Calcutta medical institutions reports 1892-1900
Year: 1892
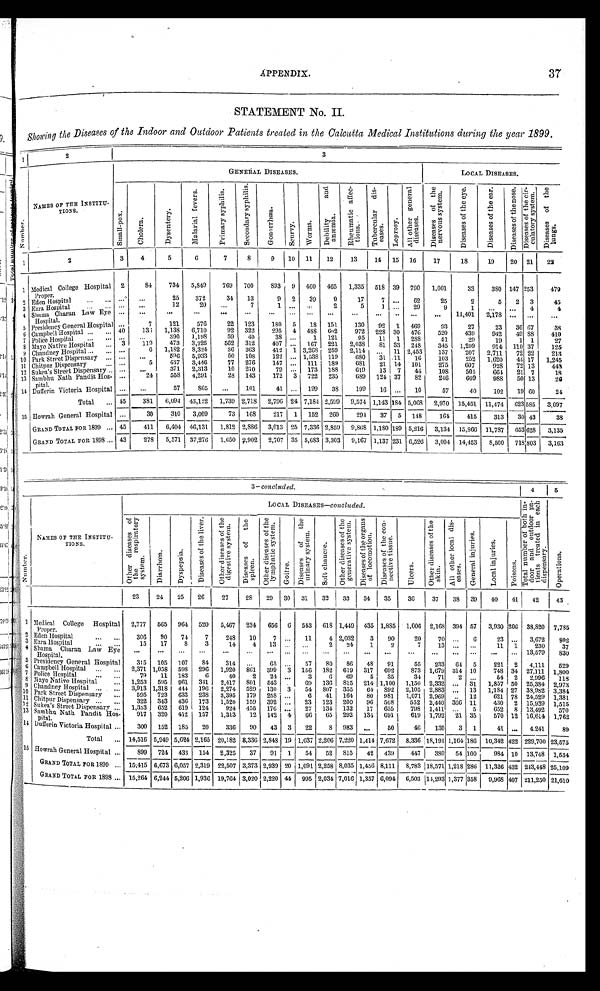
APPENDIX.37
STATEMENT No. II.
Showing the Diseases of the Indoor and Outdoor Patients treated in the Calcutta Medical Institutions during the year 1899.
1
2
3
GENERAL DISEASES.
LOCAL DISEASES.
N u m b e r .
NAMES OF THE INSTITU-TIONS.
Sma l l - pox.
C h o l e r a .
D y s e n t e r y .
M a l a r i a l f e v e r s .
P r i m a r y s y p h i l i s .
S e c o n d a r y s y p h i l i s .
G o n o r r h œ a .
S c u r v y .
W o r m s .
D e b i l i t y a n d a n æ m i a .
R h e u m a t i c a f f e c - t i o n s .
T u b e r c u l a r d i s - e a s e s .
L e p r o s y .
A l l o t h e r g e n e r a l d i s e a s e s .
D i s e a s e s o f t h e n e r v o u s s y s t e m .
D i s e a s e s o f t h e e y e .
D i s e a s e s o f t h e e a r .
D i s e a s e s o f t h e n o s e .
D i s e a s e s o f t h e c i r - c u l a t o r y s y s t e m .
D i s e a s e s o f t h e l u n g s .
3
4
5
6
7
8
9
10
11
12
13
14
1 5 16
17
18
1 9
20
21
22
2
1
1 MedicalCollege Hospital
Proper.
2
84
734
5,849
769
700
893
9
460
465
1,335
518 39
790
1,001
33
380 147 253
479
. . .
. . .
25
372
34
13
9
2
39
9
17
7
. . .
62
25
2
5
2
3
45
2 Eden Hospital . . .
. . .
. . .
12
20
. . .
7
1
. . .
. . .
2
5
1
. . .
29
9
1
. . .
. . .
4
4
Ezra Hospital . . .
3
. . .
. . .
. . .
. . .
. . .
. . .
. . .
. . .
. . .
. . .
. . .
. . .
. . .
. . .
. . .
11,401
2,178 . . .
. . .
. . .
Shama Charan Law Eye
Hospital.
4
. .
.
7
121
576
22
123
180
5
18
151
130
92
1
469
93
27
23
36 67
38
5
Presidency General Hospital
40
1 3 5
1,138
6,710
92
322
295
4
488
602
972
228 30
476
520
439
942
49 88
410
Campbell Hospital . . .
6
. . . . . .
3 9 0
1,198
5 9
4 0
38 . . .
1
121
95
11
1
288
51
29
19
1 1
27
Police Hospital . . .
7
3
1 1 9
4 7 3
3 , 2 2 5
562
312
407
. . . 167
221
2,038
8 1 33
248
345
1,299
914
110 37
125
Mayo Native Hospital . . .
8
. . .
6
1,182
8 , 3 2 4
36
363
412
1 3,268 259
2,114
. . .
11 2,453
137
207
2,711
72 22
213
9 Chandney Hospital . . .
596
. . .
. . .
5,933
50
108
122
. . . 1,538 119
680
31 11
16
103
252
1,620
44 17
1,245
10 Park Street Dispensary . . . . . .
5
437
3,446
77
276
147
. . . 111
189
681
21 14
101
275
607
928
72 13
443
Chitpur Dispensary . . .
1 1
. . .
. . .
371
2,313
10
210
79 . . .
173
188
619
13
7
44
108
505
664
21 7
18
Sukea's Street Dispensary . . .
1 2
. . .
24
558
4,291
28 143
172
3
722
235
689
124 37
82
246
609
988
50 13
2 6
Sambhu Nath Pandit Hos-pital . . .
1 3
14 Dufferin Victoria Hospital . . .
. . .
57
8 6 5
...
101
41
. . . 199
38
199
16 . . .
10
57
40
102
19 60
24
Total . . . 45
381
6,094
43,122
1,739 2,718
2,796 24 7,184 2,599
9,574 1,143 184 5,068
2,970
15,451 11,474
623 585
3,097
15 Howrah General Hospital
. . .
30
310
3,009
73
168
217
1
152
260
294
37
5
148
164
415
313
30 43
38
GRAND TOTAL FOR 1899. . . 45
411
6,404 46,131
1,812 2,886
3,013 25 7,336 2,859
9,868 1,180 189 5,216
3,134 15,866 11,787
653 628
3,135
GRAND TOTAL FOR 1898 . . . 43
278
5,571
37,276
1,650 2,902
2,707 35 5,683 3,303
9,167 1,137 231 6,526
3,004 14,453
8,500
7 1 8 803
3,163
3—concluded .
4
5
LOCAL DISEASES— concluded .
N u m b e r .
NAMES OF THE INSTITU-TIONS.
O t h e r d i s e a s e s o f t h e r e s p i r a t o r y s y s t e m .
D i a r r h œ a .
D y s p e p s i a .
D i s e a s e s o f t h e l i v e r .
O t h e r d i s e a s e s o f t h e d i g e s t i v e s y s t e m .
D i s e a s e s o f t h e s p l e e n .
O t h e r d i s e a s e s o f t h e l y m p h a t i c s y s t e m .
Goi t re.
D i s e a s e s o f t h e u r i n a r y s y s t e m .
S o f t c h a n c r e .
O t h e r d i s e a s e s o f t h e g e n e r a t i v e s y s t e m .
D i s e a s e s o f t h e o r g a n s o f l o c o m o t i o n .
D i s e a s e s o f t h e c o n - n e c t i v e t i s s u e .
U l c e r s .
O t h e r d i s e a s e s o f t h e s k i n .
A l l o t h e r l o c a l d i s - e a s e s .
G e n e r a l i n j u r i e s .
L o c a l i n j u r i e s .
P o i s o n s .
T o t a l n u m b e r o f b o t h i n - d o o r a n d o u t d o o r p a - t i e n t s t r e a t e d i n e a c h d i s p e n s a r y .
O p e r a t i o n s .
23
24
25
26
27
28
29
30
31
32
33
34
35
36
37
38
39
40
41
42
43
1 MedicalCollegeHospital
Proper.
2,777
565
964
520
5,467
234
656
6 543
618 1,449
435 1,885
1,006 2,168 394 57
3,930 206
38,820
7,785
2
306
90
74
7
248
10
7 . . .
11
4 2,032
3
90
20
70 . . .
6
23 . . .
3,672
802
Eden Hospital . . .
3 Ezra Hospital
. . .
15
17
8
3
14
4
13 . . .
. . .
2
24
1
2
7
13
. . .
. . .
11
1
230
37
4
S h a m a C h a r a n L a w E y e
Hospital.
. . .
. . .
. . .
. . .
. . .
. . .
. . .
. . .
. . .
. . .
. . .
. . .
. . .
. . .
. . .
. . .
. . .
. . .
. . . 13,579
830
5
315
105
107
8 4
314
. . .
65 . . .
57
80
86
48
91
55
233
64
5
221
2
4,111
529
Presidency General Hospital . . .
6 Campbell Hospital . . .
2,371 1,058
598
296
1,920
861
399
3
156
182
619
317
692
873 1,679 314 10
748 34 27,111
1,800
7 Police Hospital
79
11
183
6
40
2
24
. . .
3
6
69
5
35
34
71
2
. . .
54
2
2,996
118
8 Mayo Native Hospital . . .
1,253
595
961
341
2,417
801
543
. . .
69
136
815
214 1,100
1,150 2,332
. . .
31
1,857 50 25,384 2,973
9 Chandney Hospital . . .
3,913 1,318
444 196
2,274
529
130
3
54
807
355
64 892
2,105 2,883
. . .
13
1,184 27
38,982 3,384
10 Park Street Dispensary . . .
595
723
633
238
3,395
179
258 . . .
6
41
164
80
981
1,071 2,969
. . .
12
621 78 24,529 1,381
11 Chitpur Dispensary . . .
322
343
436
173
1,520
159
392 . . .
23
123
200
96
508
552
2,440 366 11
430
2 15,939
1,515
12 Sukea's Street Dispensary . . .
1,353
652
619
124
924
455
176 . . .
27
134 132
17
655
798 1,411
. . .
5
652
8 13,492
570
13 Sambhu Nath Pandit Hos-
pital.
917
320
412
157
1,313
12
142
4
66
65
292
134
691
619 1,792
21 35
570 12 16,614 1,762
14
300
152
185
20
336
90
43
3
22
8
983
. . .
50
46
130
3
1
41
. . . 4.241
89
Dufferin Victoria Hospital . . .
Total . . . 14,516 5,949 5,624 2,165
20,182
3,336 2,848 19 1,037 2,206 7,220 1,414 7,672
8,336 18,191 1,164 186 10,342 422 229,700 23,575
1 5 Howrah General Hospital . . .
899
724
433
154
2,325
37
91
1
5 4
52
815
42
439
447
380
54 100
984 10 13,748
1,534
GRAND TOTAL FOR 1899 . . . 15,415 6,673 6,057 2,319 22,507 3,373 2,939 20 1,091 2,258 8,035 1,456 8,111
8,783 18,571 1,218 286 11,326 432 243,448 25,109
GRAND TOTAL FOR 1898 . . . 15,264 6,244 5,206 1,936 19,764 3,020 2,220 44
995
2 , 0 3 4
7 , 0 1 6 1,357 6,094
6,503
1 4 , 2 9 3 1,377 358
9,968 407
2 1 1 , 2 5 0 21,610